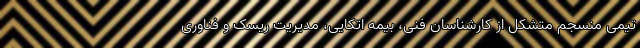
تیمی منسجم متشکل از کارشناسان فنی، بیمه اتکایی، مدیریت ریسک و فناوری